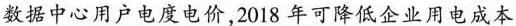
数据中心用户电度电价，2018年可降低企业用电成本